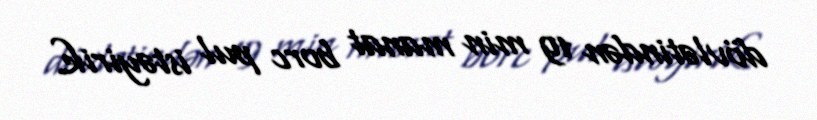
dövlətindən 19 min manat borc pul istəyirik.